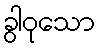
ခွါဝုသော